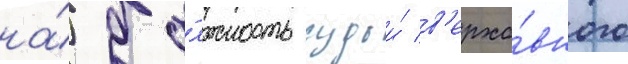
на́ до́лжность судьи́ в'ерхо́вного